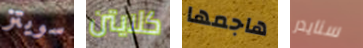
سويتز كلايتن هاجمها سنايدر